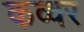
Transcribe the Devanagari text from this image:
कव्वर